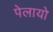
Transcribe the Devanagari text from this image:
पेलायो